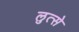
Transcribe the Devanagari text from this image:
लुत्से